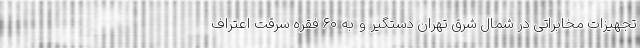
تجهیزات مخابراتی در شمال شرق تهران دستگیر و به ۶۰ فقره سرقت اعتراف